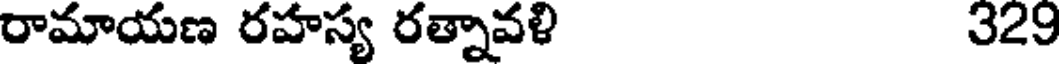
రామాయణ రహస్య రత్నావళి 329